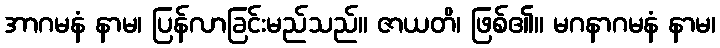
အာဂမနံ နာမ၊ ပြန်လာခြင်းမည်သည်။ ဇာယတိ၊ ဖြစ်၏။ မဂနာဂမနံ နာမ၊